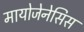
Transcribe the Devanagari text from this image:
मायोजेनेसिस